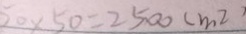
5 0 \times 5 0 = 2 5 0 0 ( m ^ { 2 } )